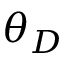
\theta _ { D }